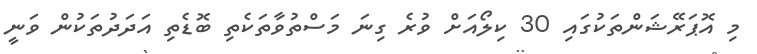
މި އޮޕަރޭޝަންތަކުގައި 30 ކިލޯއަށް ވުރެ ގިނަ މަސްތުވާތަކެތި ބޮޑެތި އަދަދުތަކުން ވަނީ